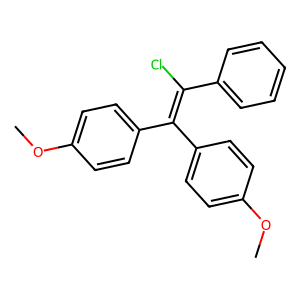
SMILES: COc1ccc(C(=C(Cl)c2ccccc2)c2ccc(OC)cc2)cc1
Inhibits HIV replication: No